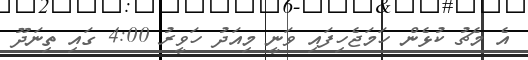
އެ މެޗު ކުޅެން ހަމަޖެހިފައި ވަނީ މިއަދު ހަވީރު 4:00 ގައި ތިނަދޫ